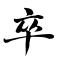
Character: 卒